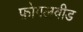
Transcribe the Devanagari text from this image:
फ़ोगलवीड